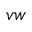
v w